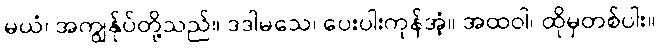
မယံ၊ အကျွန်ုပ်တို့သည်။ ဒဒါမသေ၊ ပေးပါးကုန်အံ့။ အထဝါ၊ ထိုမှတစ်ပါး။